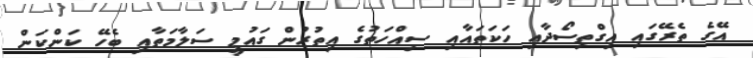
އޭގެ ތެރޭގައި އިގްތިސޯދާއި ހަކަތައާއި ސިއްހަތުގެ އިތުރުން ގައުމީ ސަލާމަތާއި ބެހޭ ކަންކަން